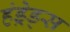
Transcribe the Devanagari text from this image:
हंड्रेड्स